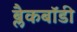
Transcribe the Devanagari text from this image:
ब्लैकबॉडी